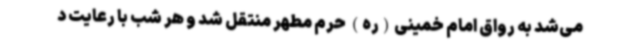
می‌شد به رواق امام خمینی(ره) حرم مطهر منتقل شد و هر شب با رعایت د